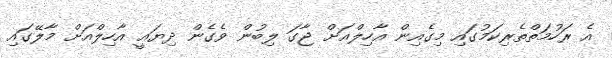
އެ ރަހުމަތްތެރިކަމުގައި މިގެއިން އާހިލްއަށް ޖާގަ ލިބުން ވެގެން ދިޔައީ އާހިލްއަށް މާލޭގައި